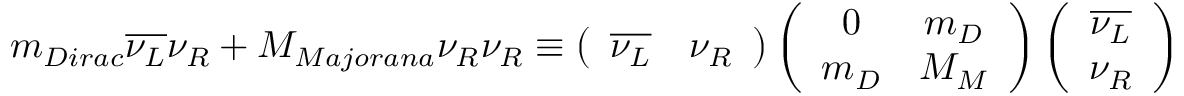
m _ { D i r a c } \overline { { { \nu _ { L } } } } \nu _ { R } + M _ { M a j o r a n a } \nu _ { R } \nu _ { R } \equiv \left( \begin{array} { c c } { { \overline { { { \nu _ { L } } } } } } & { { \nu _ { R } } } \end{array} \right) \left( \begin{array} { c c } { { 0 } } & { { m _ { D } } } \\ { { m _ { D } } } & { { M _ { M } } } \end{array} \right) \left( \begin{array} { c } { { \overline { { { \nu _ { L } } } } } } \\ { { \nu _ { R } } } \end{array} \right)